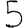
Digit: 5